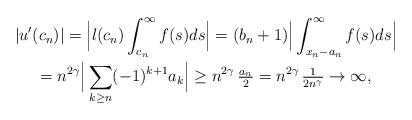
LaTeX: \begin{gather*} |u'(c_n)| = \Big | l(c_n) \int_{c_n}^{\infty} f(s) ds \Big| = (b_n +1) \Big | \int_{x_n -a_n}^{\infty} f(s) ds \Big|\\ = n^{2 \gamma} \Big | \sum_{k \ge n} (-1)^{k+1} a_k\Big| \ge n^{2 \gamma} \, \tfrac{a_{n}}{2} = n^{2 \gamma} \, \tfrac{1}{2 n^{\gamma} } \to \infty,\end{gather*}